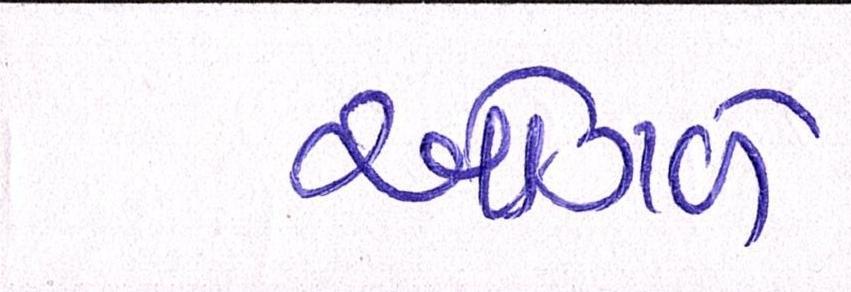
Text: ઓગળે